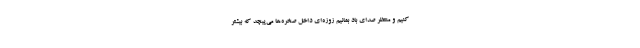
کنیم و منتظر صدای باد بمانیم زوزه‌ای داخل صخره‌ها می‌پیچد که بیشتر